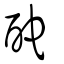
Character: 酡